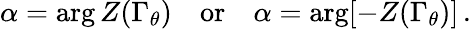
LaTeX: \alpha=\arg Z(\Gamma_{\theta})\quad\mathrm{or}\quad\alpha=\arg[-Z(\Gamma_{\theta})]\, .